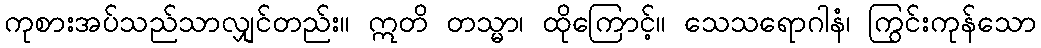
ကုစားအပ်သည်သာလျှင်တည်း။ ဣတိ တသ္မာ၊ ထိုကြောင့်။ သေသရောဂါနံ၊ ကြွင်းကုန်သော